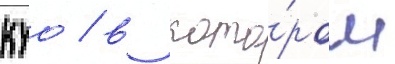
куо / в кото́ром